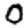
Digit: 0